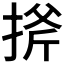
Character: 𢯋